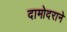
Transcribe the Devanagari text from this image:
दामोदराने